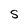
Character: S